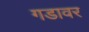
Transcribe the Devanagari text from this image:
गडावर